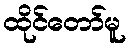
ထိုင်တော်မူ